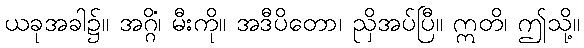
ယခုအခါ၌။ အဂ္ဂိံ၊ မီးကို။ အဒီပိတော၊ ညှိအပ်ပြီ။ ဣတိ၊ ဤသို့။